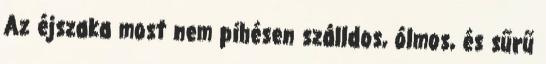
Az éjszaka most nem pihésen szálldos, ólmos, és sűrű